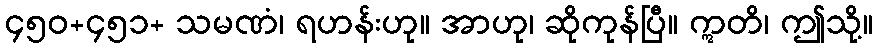
၄၅၀+၄၅၁+ သမဏံ၊ ရဟန်းဟု။ အာဟု၊ ဆိုကုန်ပြီ။ ဣတိ၊ ဤသို့။